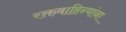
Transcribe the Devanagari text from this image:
रक्तवाहिन्यांना